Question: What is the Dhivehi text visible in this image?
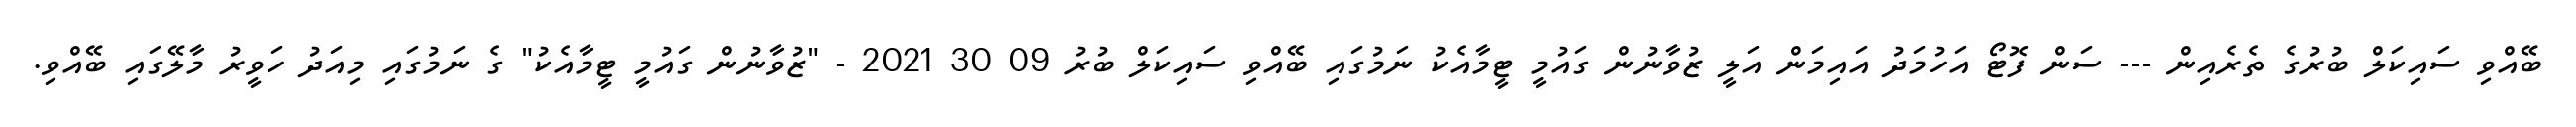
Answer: ބޭއްވި ސައިކަލް ބުރުގެ ތެރެއިން --- ސަން ފޮޓޯ އަހުމަދު އައިމަން އަލީ ޒުވާނުން ގައުމީ ޓީމާއެކު ނަމުގައި ބޭއްވި ސައިކަލް ބުރު 09 30 2021 - "ޒުވާނުން ގައުމީ ޓީމާއެކު" ގެ ނަމުގައި މިއަދު ހަވީރު މާލޭގައި ބޭއްވި.